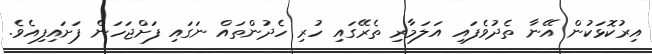
އިރުކޮޅަކުން އޭނާ ތެދުވެފައި އަލަމާރި ތެރޭގައި ހުރި ހެދުންތައް ނަގައި ފަށްޖަހަން ފަށައިފިއެވެ.